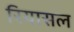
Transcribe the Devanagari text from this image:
रियासल